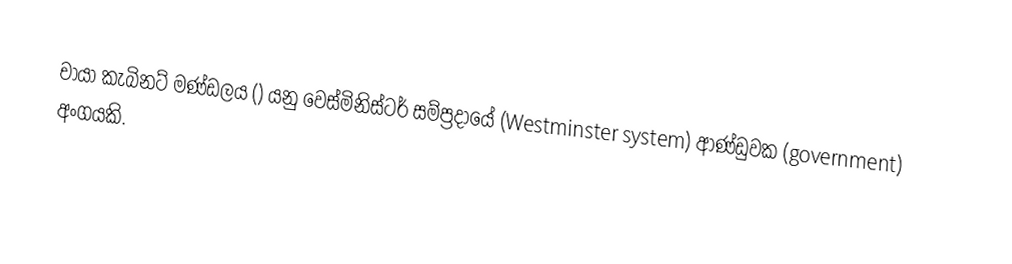
චායා කැබිනට් මණ්ඩලය () යනු වෙස්මිනිස්ටර් සම්ප්‍රදායේ (Westminster system) ආණ්ඩුවක (government) අංගයකි.